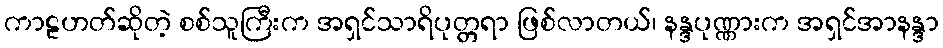
ကာဠဟတ်ဆိုတဲ့ စစ်သူကြီးက အရှင်သာရိပုတ္တရာ ဖြစ်လာတယ်၊ နန္ဒပုဏ္ဏားက အရှင်အာနန္ဒာ